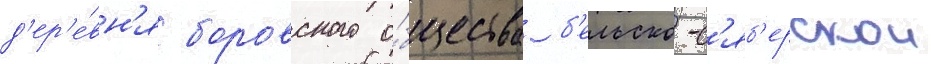
д'ер'е́вн'я боровского о́бщества б'ельско-с'яб'ерскои